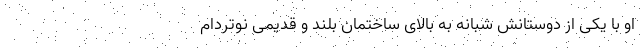
او با یکی از دوستانش شبانه به بالای ساختمان بلند و قدیمی نوتردام